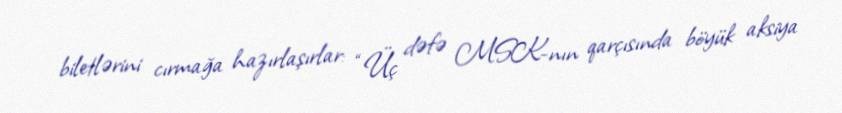
biletlərini cırmağa hazırlaşırlar: “Üç dəfə MSK-nın qarçısında böyük aksiya